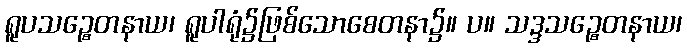
ရူပသဉ္စေတနာယ၊ ရူပါရုံ၌ဖြစ်သောစေတနာ၌။ ပ။ သဒ္ဒသဉ္စေတနာယ၊